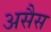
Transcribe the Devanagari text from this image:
असैस